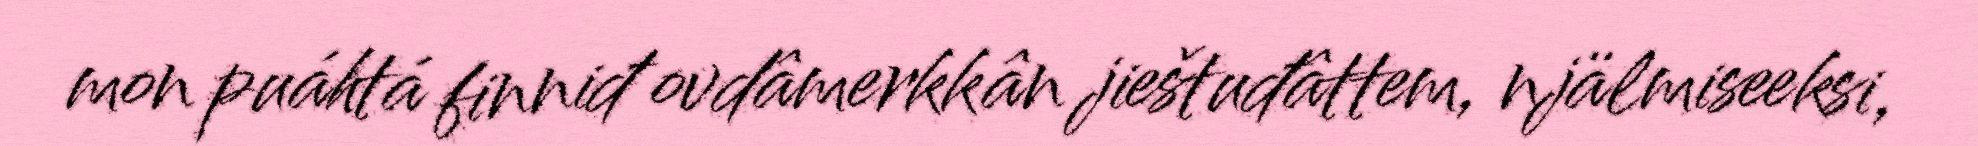
mon puáhtá finniđ ovdâmerkkân jieštuđâttem, njälmiseeksi,